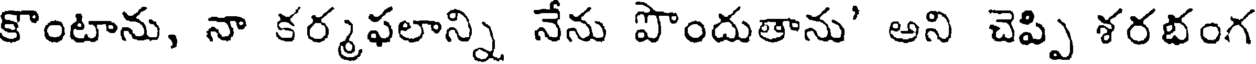
కొంటాను, నా కర్మఫలాన్ని నేను పొందుతాను' అని చెప్పి శరభంగ